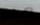
هذه